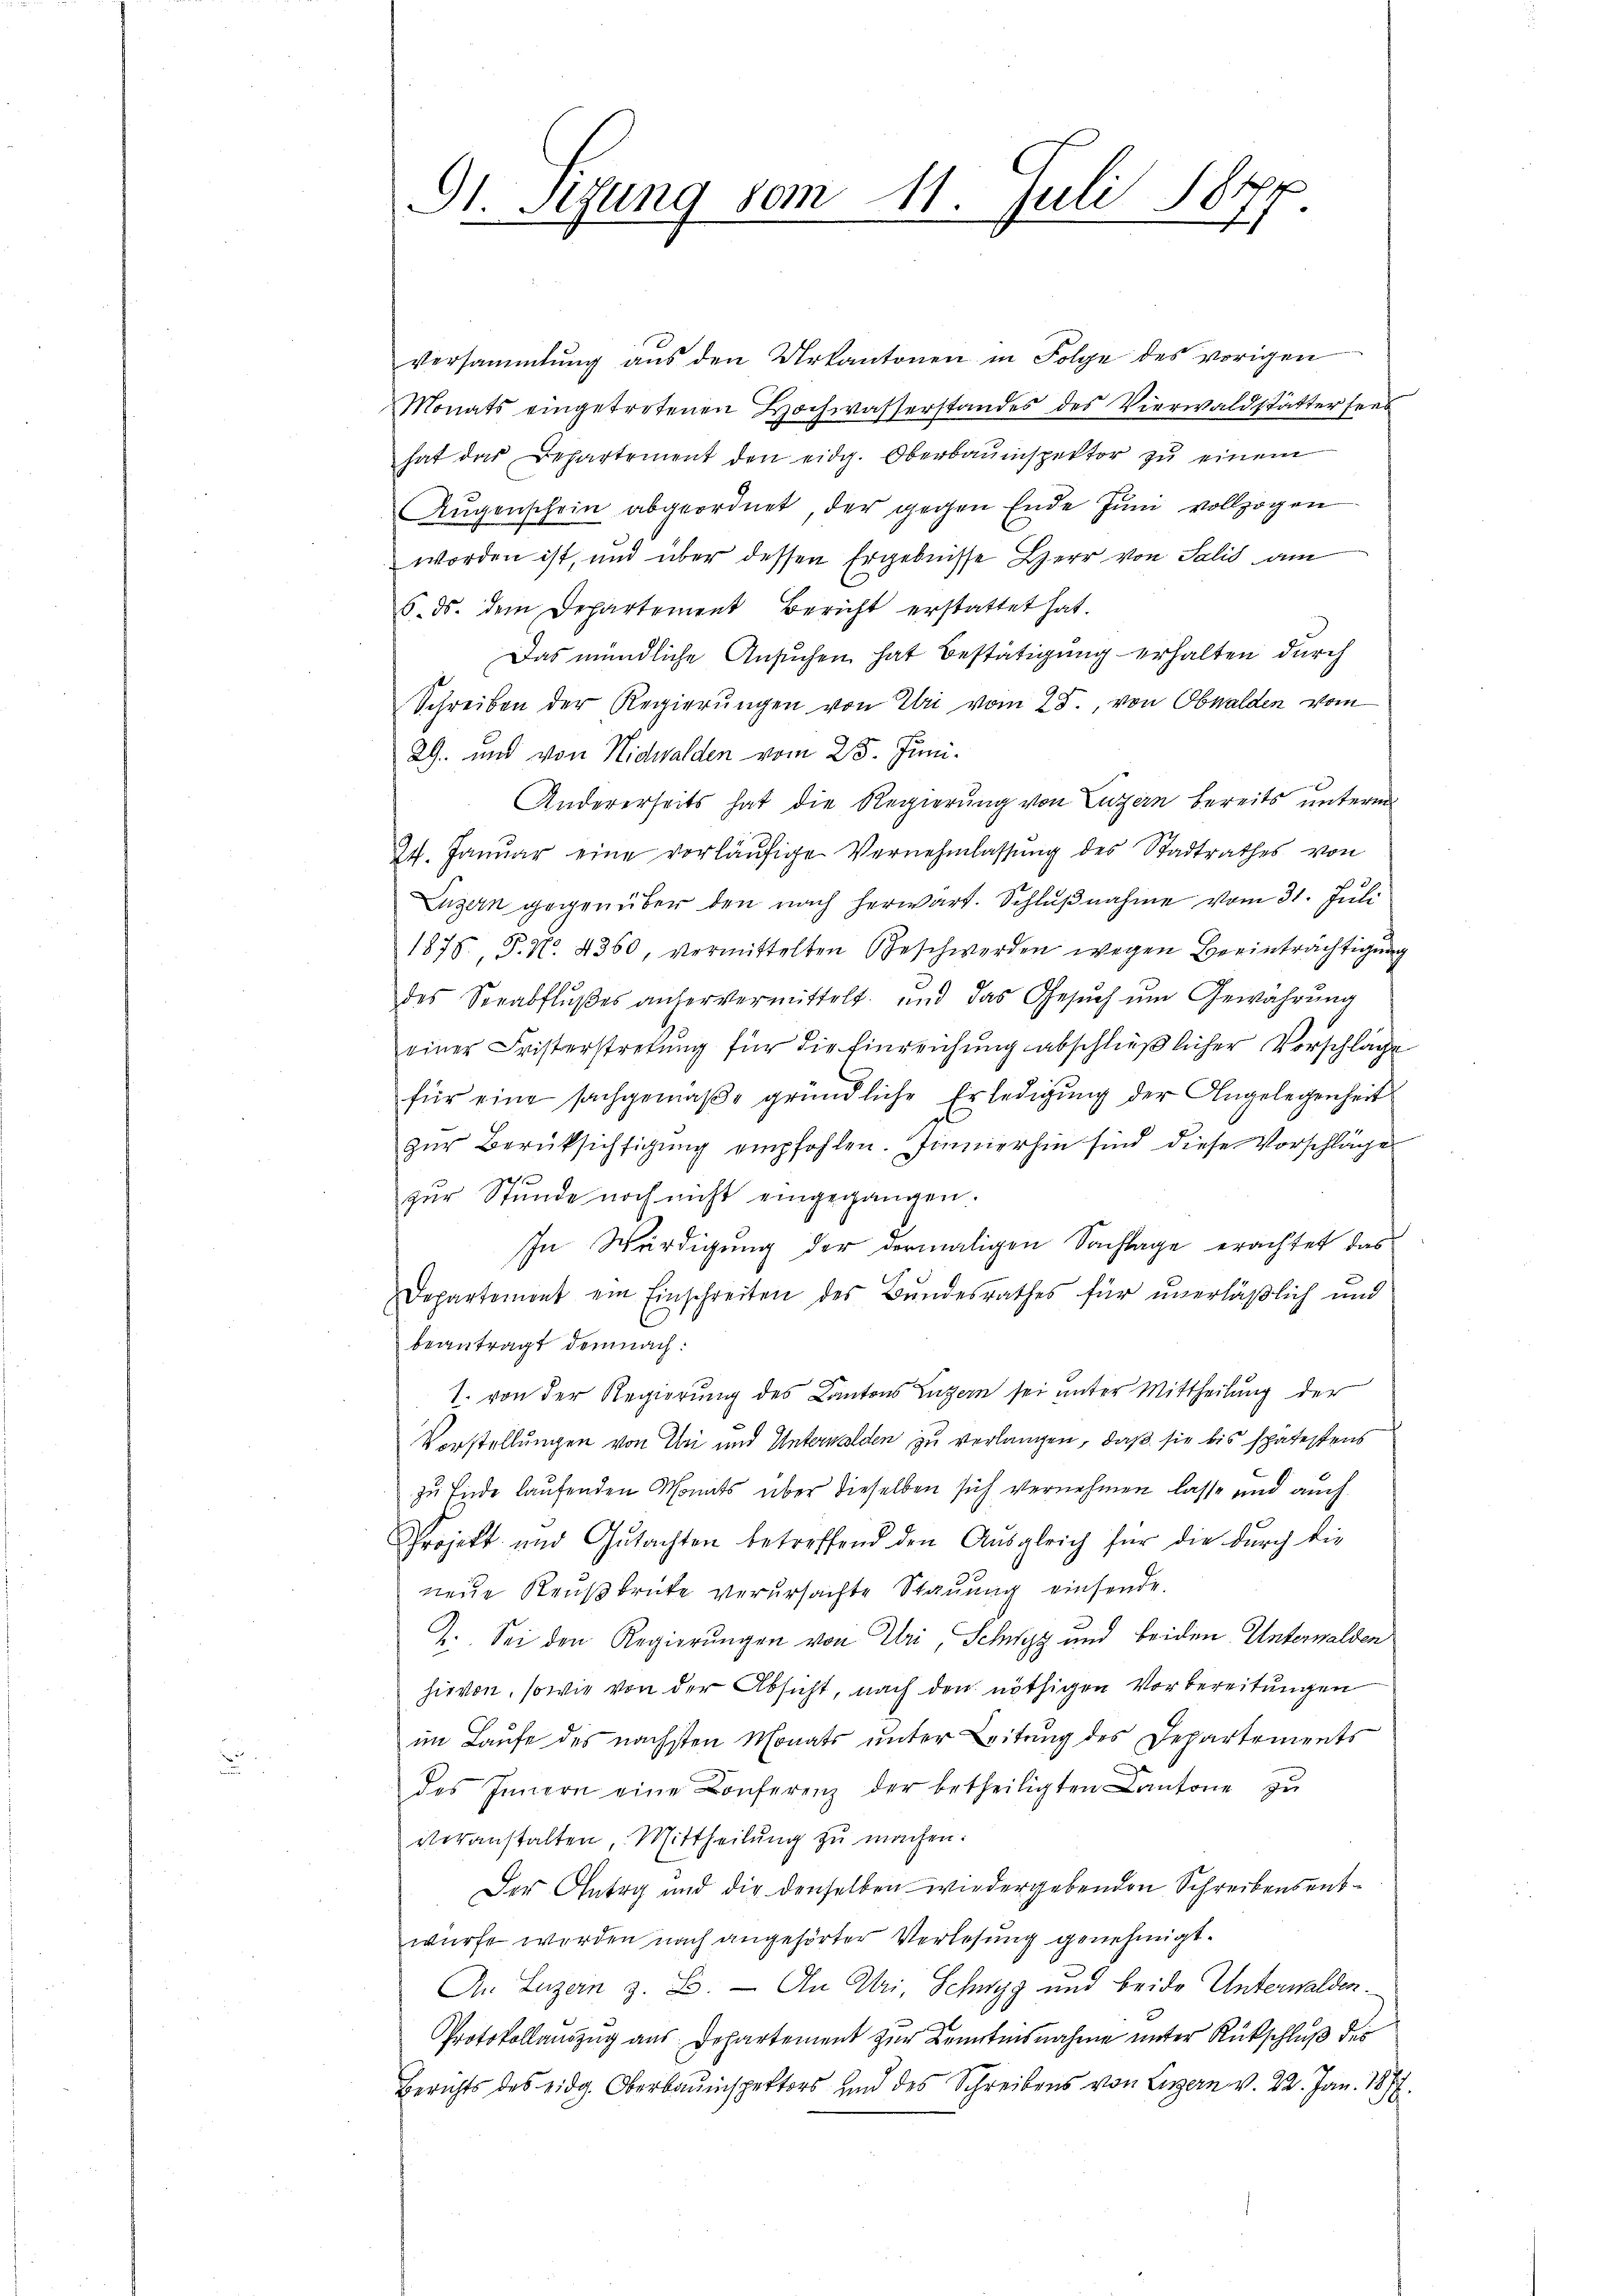
St. Sizung vom 11. Juli 18177

versammlung aus den Urkantonen in Folge des vorigen
Monats eingetretenen Hochwasserstandes des Vierwaldstätter seit
hat das Departement den eidg. Oberbauinspektor zŭ einem
Aŭgenschein abgeordnet, der gegen Ende Juni vollzogen
worden ist, und über dessen Ergebnisse Herr von Salis am
6. ds. dem Departement Bericht erstattet hat.
Das mündliche Ansuchen hat Bestätigung erhalten durch
Schreiben der Regierŭngen von Uri vom 28. von Obwalden vom
29. und von Nidwalden vom 25. Juni.
Andererseits hat die Regierung von Luzern bereits unterm
24. Januar eine vorläŭfige Vernehmlassŭng des Stadtrathes von
Luzern gegenüber den nach herwart. Schlŭβnahme vom 31. Juli
1875, P. No. 4360, vermittelten Geschwerden wegen Beeinträchtigung
des Seeabflŭβes anhervermittelt und das Gesŭch ŭm Gewährŭng
einer Fristerstretung für die Einreichung abschließlicher Vorschläge
für eine sachgemäße gründliche Erledigung der Angelegenheit
zŭr Berüksichtigung empfohlen. Zimmerhin sind diese Vorschläge
f
zur Stunde noch nicht eingegangen.
In Würdigung der dermaligen Sachlage erachtet das
Departement ein Einschreiten des Bundesrathes für unerläßlich und
beantragt demnach:
1. von der Regierung des Kantons Luzern sei unter Mittheilung der
Vorstellungen von Bei und Unterwalden zu verlangen, daß sie bis spätestens
zu Ende laufenden Monats über dieselben sich vernehmen lasse und auch
Projekt und Gutachten betreffend den Ausgleich für die durch die
neue Reußbrüte verursachte Stauung einsende.
2. Sei den Regierungen von Uri, Schwyz und beiden Unterwalden
hievon, sowie von der Absicht, nach den nöthigen Vorbereitungen
im Laufe des nächsten Monats unter Leitung des Departements
C
des Innern eine Conferenz der betheiligten Cantone zŭ
veranstalten, Mittheilŭng zŭ machen:
Der Antrag und die denselben wiedergebenden Schreibensentwürfe werden nach angehörter Verlesung genehmigt.
An Luzern z. B. — In Uri, Schwyz und beide Unterwalder¬
Protokollauszug aus Departement zur Kenntnisnahme unter Rückschluß des
Berichts des eidg. Oberbauinspektors und des Schreibens von Liegern v. 22. Jan. 1877